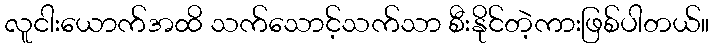
လူငါးယောက်အထိ သက်သောင့်သက်သာ စီးနိုင်တဲ့ကားဖြစ်ပါတယ်။